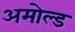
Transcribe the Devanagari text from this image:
अमोल्ड